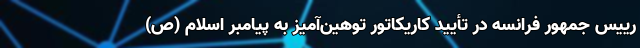
رییس جمهور فرانسه در تأیید کاریکاتور توهین‌آمیز به پیامبر اسلام (ص)